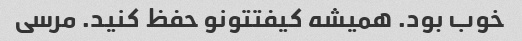
خوب بود. همیشه کیفتتونو حفظ کنید. مرسی